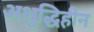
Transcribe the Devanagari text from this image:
अशुद्धिहीन